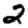
Digit: 2